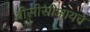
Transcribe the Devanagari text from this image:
बीसीसीआयचे